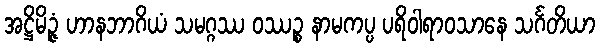
အဋ္ဌိမိဉ္ဇံ ဟာနဘာဂိယံ သမဂ္ဂဿ ဝဿဉ္စ နာမကပ္ပ ပရိဝါရာဝသာနေ သင်္ဂတိယာ